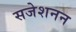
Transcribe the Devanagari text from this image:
सजेशनन